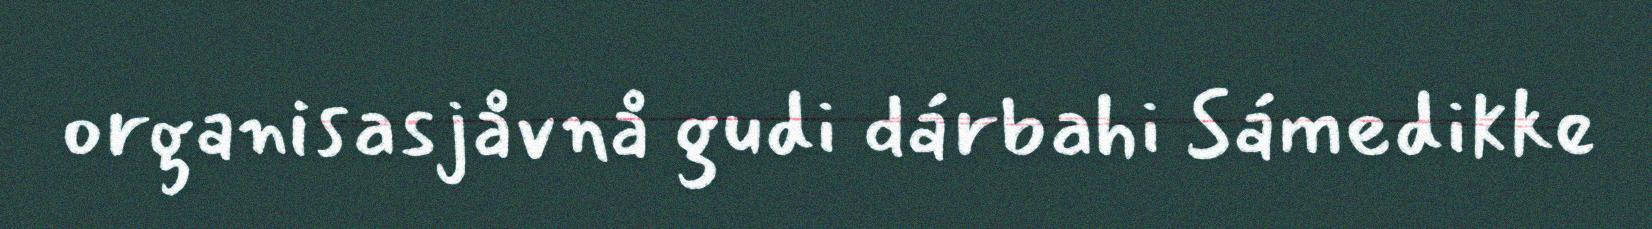
organisasjåvnå gudi dárbahi Sámedikke